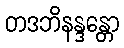
တဒဘိနန္ဒန္တော